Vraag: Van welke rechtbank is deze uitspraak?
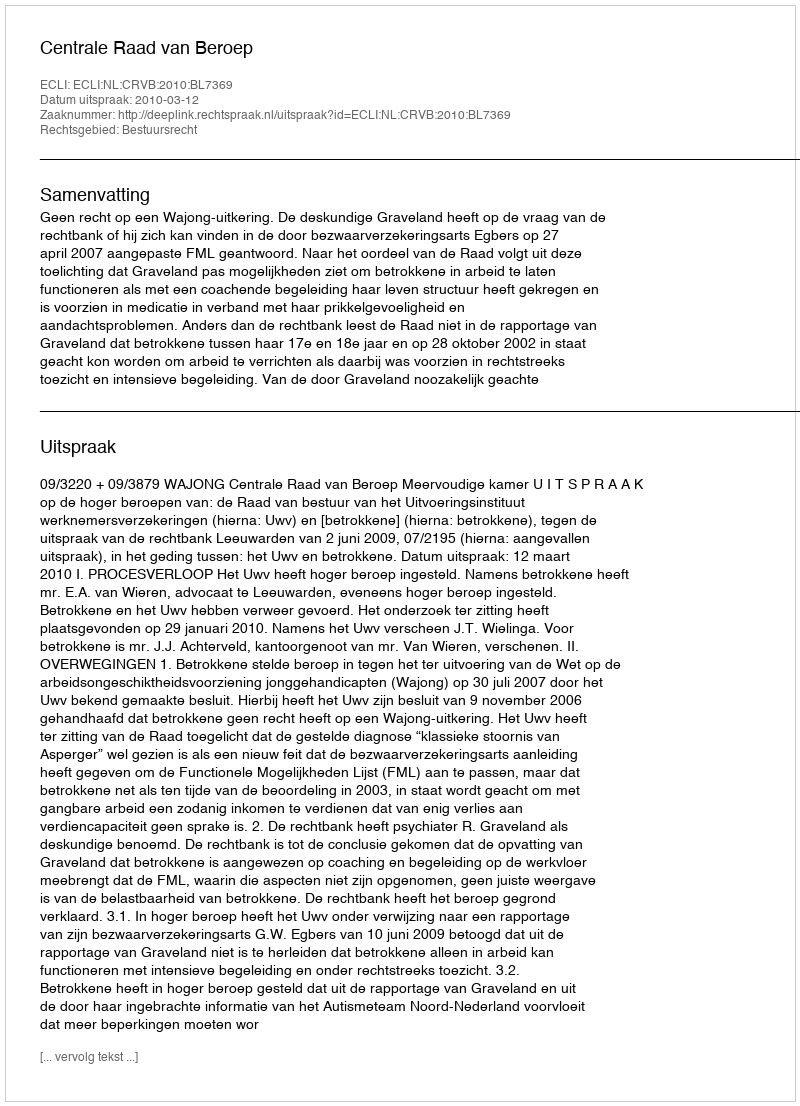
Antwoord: Centrale Raad van Beroep